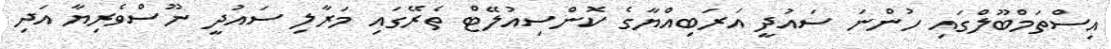
އިސްތަމްބޫލްގައި ހުންނަ ސައުދީ އަރަބިއްޔާގެ ކޮންސިއުލޭޓް ތެރޭގައި މަރާލި ސައުދީ ނޫސްވެރިޔާ އަދި